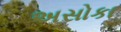
અસોકા